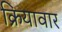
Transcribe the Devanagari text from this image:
क्रियावार